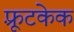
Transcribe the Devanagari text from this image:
फ़्रूटकेक